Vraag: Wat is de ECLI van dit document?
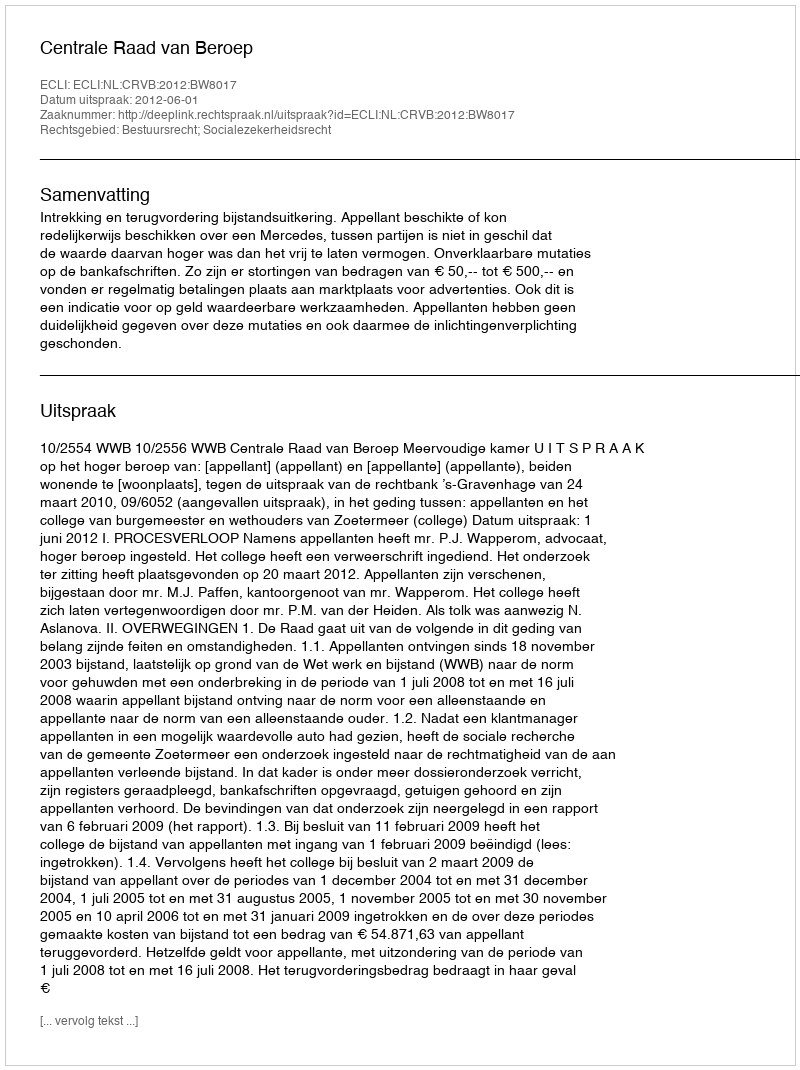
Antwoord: ECLI:NL:CRVB:2012:BW8017